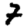
Digit: 7